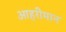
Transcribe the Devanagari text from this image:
आहरीमान